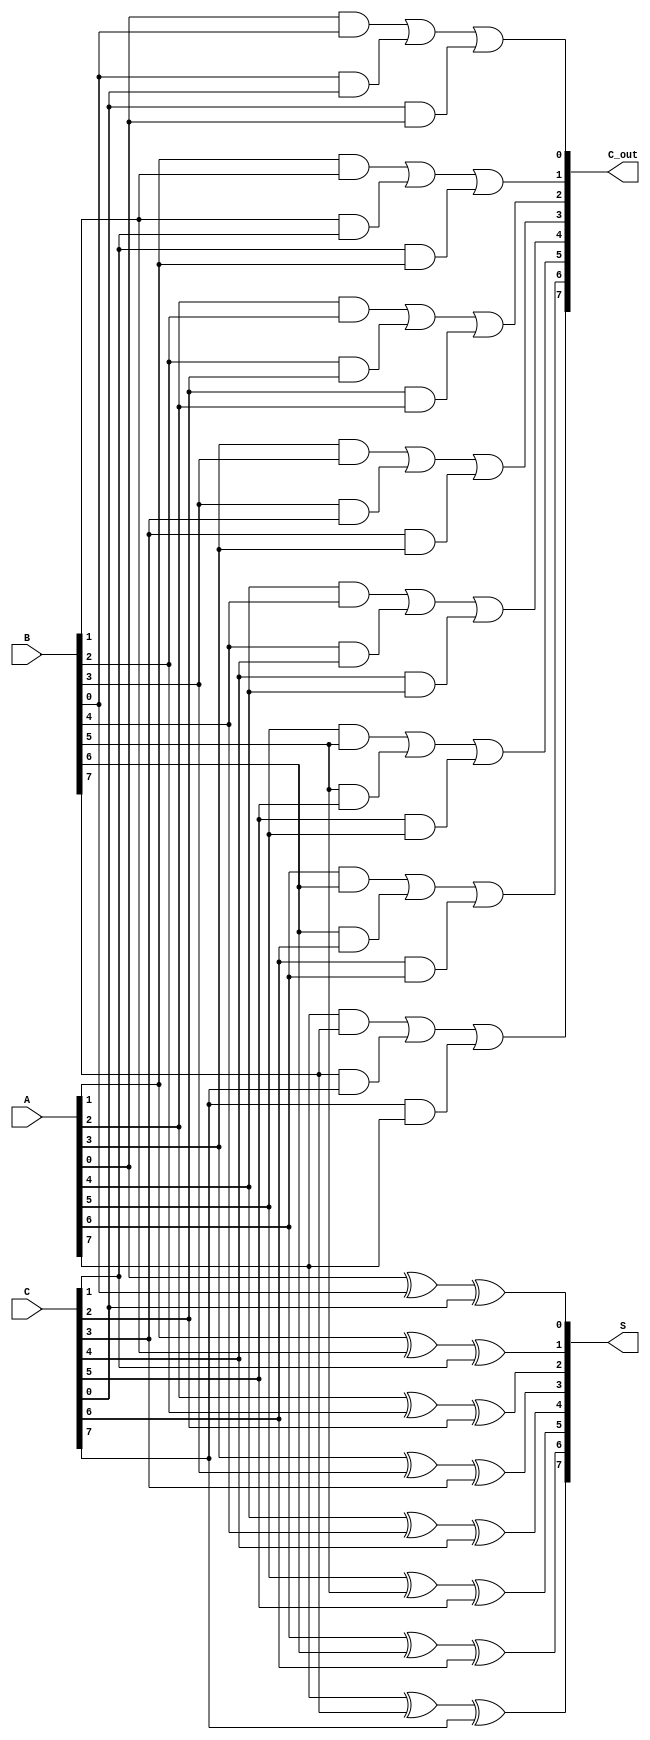
module CarrySaveAdder #(
    parameter n = 8  // Width of the inputs
)(
    input  [n-1:0] A,    // First operand
    input  [n-1:0] B,    // Second operand
    input  [n-1:0] C,    // Third operand
    output [n-1:0] S,    // Sum output
    output [n-1:0] C_out  // Carry output
);

// Internal wires for the sum and carry
wire [n-1:0] sum_temp;
wire [n-1:0] carry_temp;

// Generate the sum and carry outputs for each bit
genvar i;
generate
    for (i = 0; i < n; i = i + 1) begin : CSA
        // Calculate the sum for bit position i
        assign S[i] = A[i] ^ B[i] ^ C[i];
        
        // Calculate the carry for bit position i
        assign C_out[i] = (A[i] & B[i]) | (B[i] & C[i]) | (C[i] & A[i]);
    end
endgenerate

endmodule